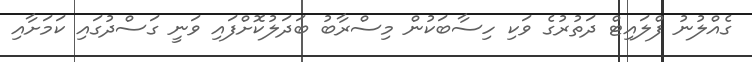
ގެއްލުނު ފްލައިޓް ދަތުރުގެ ވަކި ހިސާބަކުން މިސްރާބު ބަދަލުކޮށްފައި ވަނީ ގަސްދުގައި ކަމަށާއި